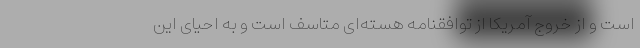
است و از خروج آمریکا از توافقنامه هسته‌ای متاسف است و به احیای این